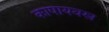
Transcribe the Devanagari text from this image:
काषायवस्त्र